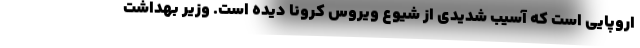
اروپایی است که آسیب شدیدی از شیوع ویروس کرونا دیده است. وزیر بهداشت